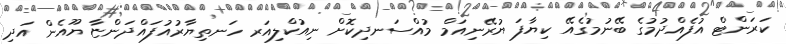
ކަރަންޓް އުފެއްދުމުގެ ބޭނުމުގެއޭ ކިޔާފަ ޔުރޭނިއަމް މުއްސަނދިކޮށް ނިއުކްލިއަރ ހަނތިޔާރުއުފައްދަންޏާ ޔޫއެން އަދި